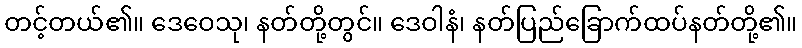
တင့်တယ်၏။ ဒေဝေသု၊ နတ်တို့တွင်။ ဒေဝါနံ၊ နတ်ပြည်ခြောက်ထပ်နတ်တို့၏။